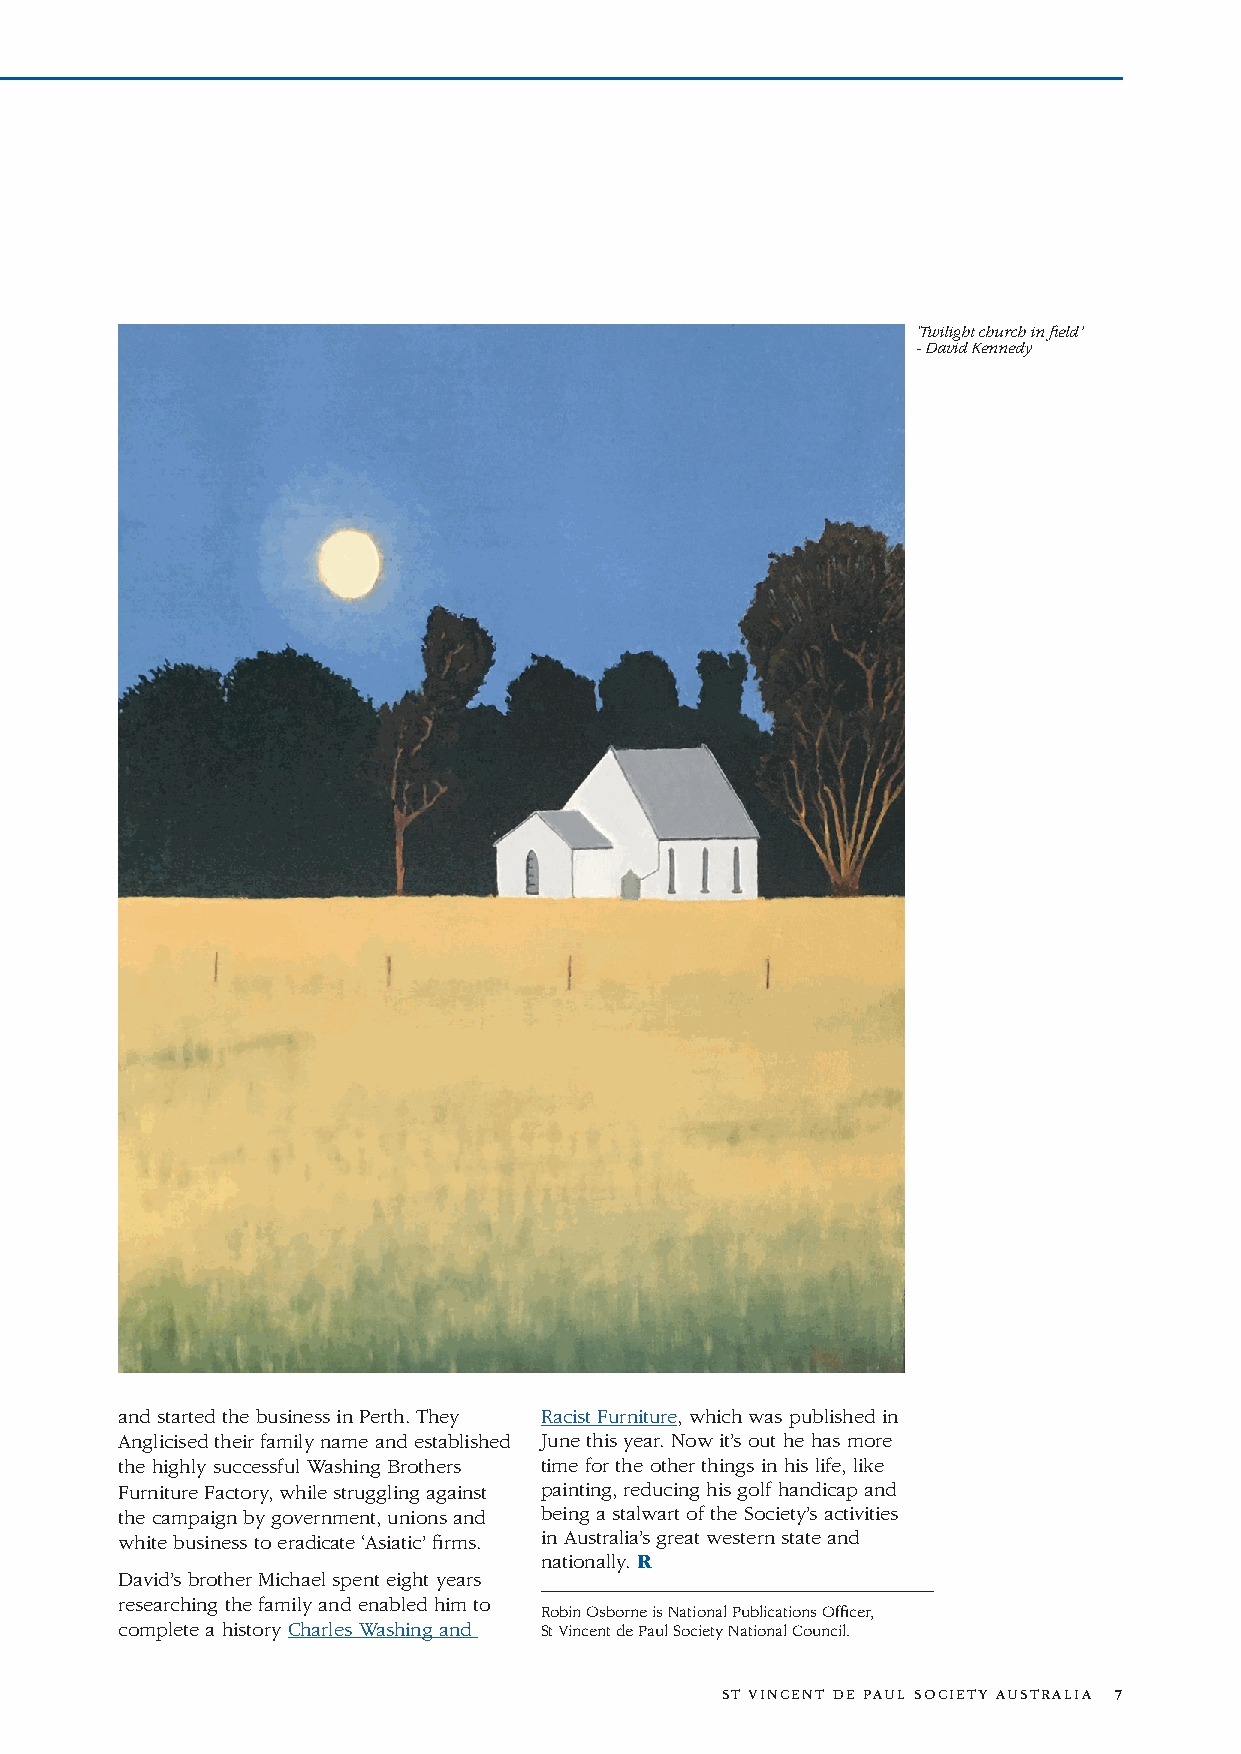
‘Twilight church in field’
 - David Kennedy
 and started the business in Perth. They Racist Furniture, which was published in
 Anglicised their family name and established June this year. Now it’s out he has more
 the highly successful Washing Brothers time for the other things in his life, like
 Furniture Factory, while struggling against painting, reducing his golf handicap and
 the campaign by government, unions and being a stalwart of the Society’s activities
 white business to eradicate ‘Asiatic’ firms. in Australia’s great western state and
 nationally. R
 David’s brother Michael spent eight years
 researching the family and enabled him to
 Robin Osborne is National Publications Officer,
 complete a history Charles Washing and St Vincent de Paul Society National Council.
 ST VINCENT DE PAUL SOCIETY AUSTRALIA 7